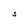
Character: S